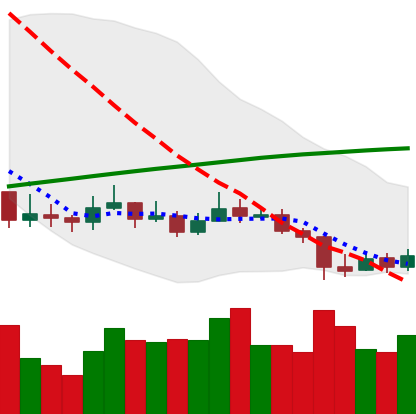
Ticker: LINK-USD
Chart end date: 2019-09-17
Forward return: 11.781%
Label: up_7plus